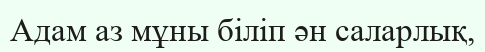
Адам аз мұны біліп ән саларлық,